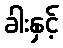
ခါးနှင့်